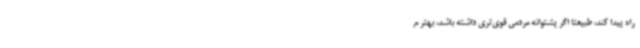
راه پیدا کند، طبیعتا اگر پشتوانه مردمی قوی‌تری داشته باشد، بهتر م